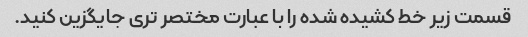
قسمت زیر خط کشیده شده را با عبارت مختصر تری جایگزین کنید.